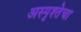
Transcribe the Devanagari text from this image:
अस्पृश्तेचा